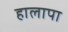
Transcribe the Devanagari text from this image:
हालापा